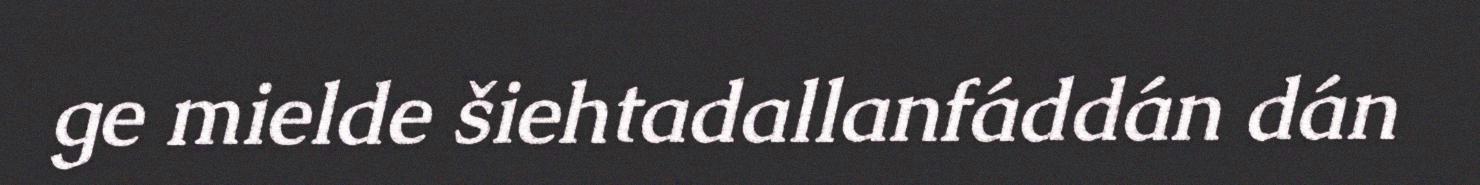
ge mielde šiehtadallanfáddán dán